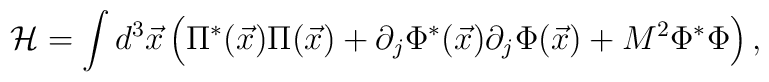
{\cal H} = \int d^{3}{\vec x} \left(\Pi^*({\vec x}) \Pi({\vec x}) +\partial_{j}\Phi^*({\vec x}) \partial_{j}\Phi({\vec x}) +M^2 \Phi^* \Phi \right),